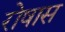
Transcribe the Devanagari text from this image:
रोषास